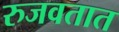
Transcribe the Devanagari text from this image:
रुजवतात